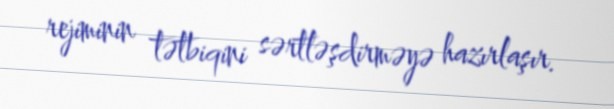
rejiminin tətbiqini sərtləşdirməyə hazırlaşır.